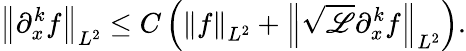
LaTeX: \left\| \partial_{x}^{k}f\right\| _{L^{2}}\leq C\left(\left\| f\right\| _{L^{2}}+\left\| \sqrt{\mathscr{L}}\partial_{x}^{k}f\right\| _{L^{2}}\right).